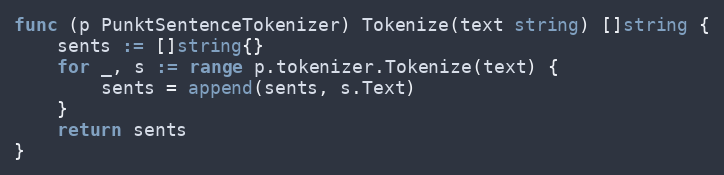
Language: Go
func (p PunktSentenceTokenizer) Tokenize(text string) []string {
	sents := []string{}
	for _, s := range p.tokenizer.Tokenize(text) {
		sents = append(sents, s.Text)
	}
	return sents
}